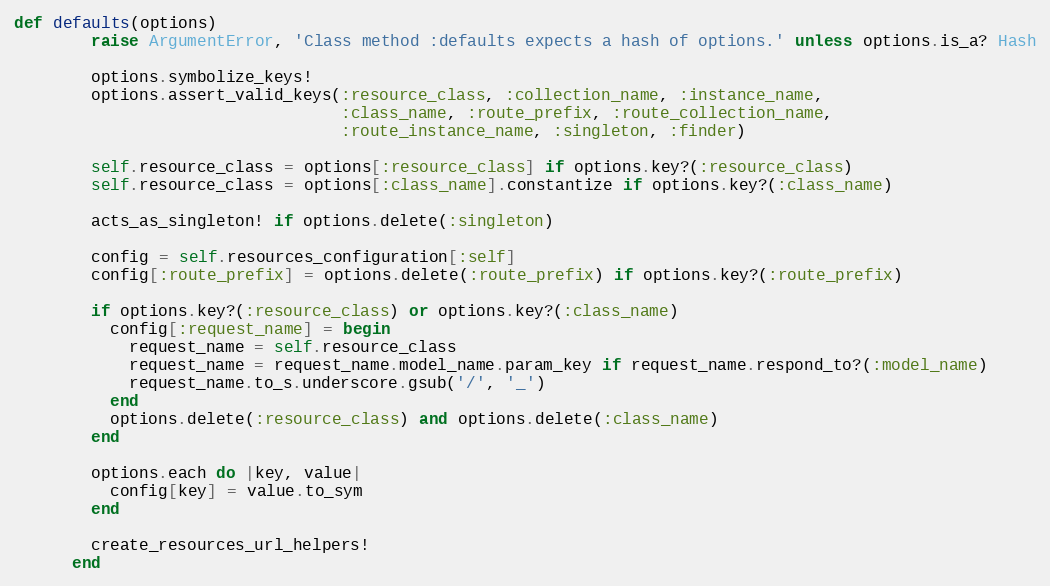
Language: Ruby
def defaults(options)
        raise ArgumentError, 'Class method :defaults expects a hash of options.' unless options.is_a? Hash

        options.symbolize_keys!
        options.assert_valid_keys(:resource_class, :collection_name, :instance_name,
                                  :class_name, :route_prefix, :route_collection_name,
                                  :route_instance_name, :singleton, :finder)

        self.resource_class = options[:resource_class] if options.key?(:resource_class)
        self.resource_class = options[:class_name].constantize if options.key?(:class_name)

        acts_as_singleton! if options.delete(:singleton)

        config = self.resources_configuration[:self]
        config[:route_prefix] = options.delete(:route_prefix) if options.key?(:route_prefix)

        if options.key?(:resource_class) or options.key?(:class_name)
          config[:request_name] = begin
            request_name = self.resource_class
            request_name = request_name.model_name.param_key if request_name.respond_to?(:model_name)
            request_name.to_s.underscore.gsub('/', '_')
          end
          options.delete(:resource_class) and options.delete(:class_name)
        end

        options.each do |key, value|
          config[key] = value.to_sym
        end

        create_resources_url_helpers!
      end